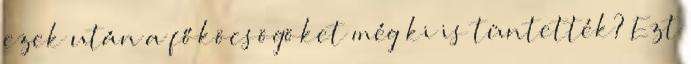
ezek után a főköcsögöket még ki is tüntették? Ezt